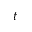
t